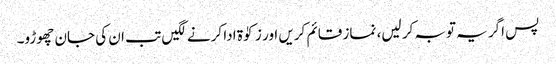
پس اگر یہ توبہ کر لیں، نماز قائم کریں اور زکوٰۃ ادا کرنے لگیں تب ان کی جان چھوڑو۔